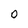
Character: O